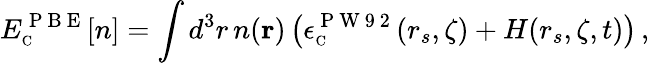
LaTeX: E_{\scriptscriptstyle\mathrm{C}}^{\mathrm{~P~B~E~}}[n]=\int d^{3}r\, n({\mathbf r})\, \big(\epsilon_{\scriptscriptstyle\mathrm{C}}^{\mathrm{~P~W~9~2~}}(r_{s},\zeta)+H(r_{s},\zeta,t)\big)\, ,